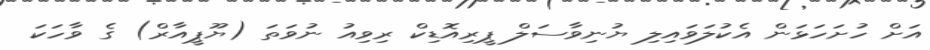
އަށް ހުށަހަޅަން އެކުލަވައިލި ޔުނިވާސަލް ޕީރިއޮޑިކް ރިވިއު ނުވަތަ (ޔޫޕީއާރް) ގެ ވާހަކަ